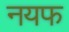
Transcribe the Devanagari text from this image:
नयफ